Madras plague regulations and rules for the inspection of inward and outward bound vessels - Volume 2
Disease focus: Plague
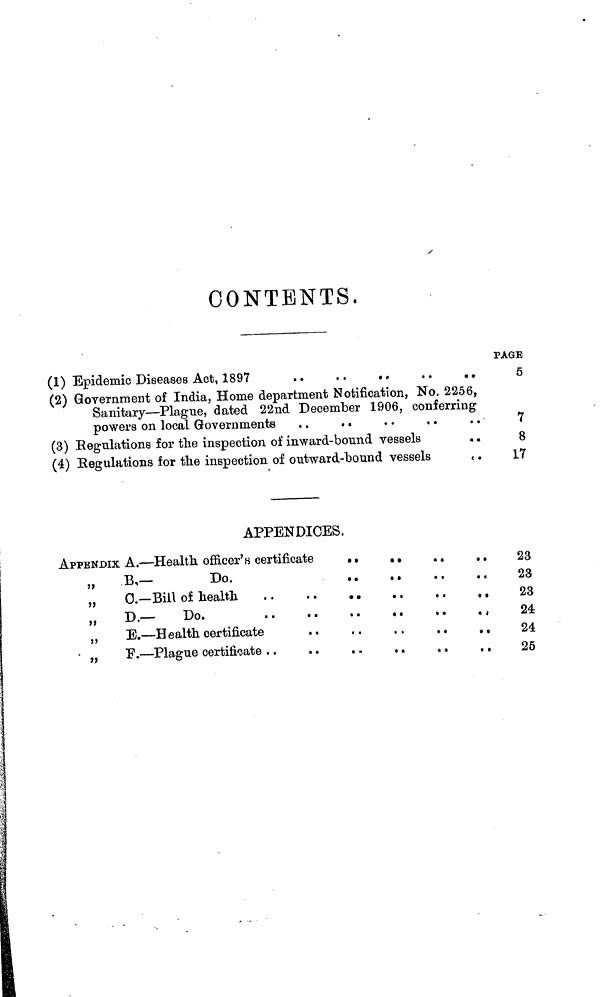
CONTENTS.
(1) Epidemic Diseases Act, 1897
. .
. .
. „
. .
. .
(2) Government of India, Home department Notification, No. 2256,
Sanitary — Plague, dated 22nd December 1906, conferring
powers on local Governments
(3) Regulations for the inspection of inward-bound vessels
. .
(4) Regulations for the inspection of outward-bound vessels
t .
PAGE
5
7
8
17
APPENDICES.
APPENDIX A. — Health officer's certificate
. .
. .
..
,.
„
B,—
Do.
„
0. Bill of health
„
D.-
Do.
,,
E. — Health certificate
..
..
..
..
,.
23
23
23
24
24
25